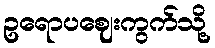
ဥရောပဈေးကွက်သို့